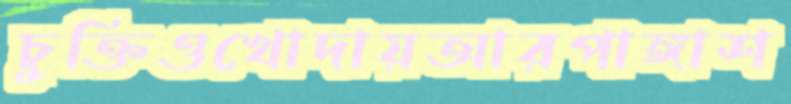
চুক্তিওখোদায়আরপাঙ্গাশ